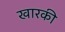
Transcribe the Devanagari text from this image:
खारकी